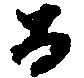
百